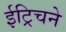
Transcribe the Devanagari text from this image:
ईट्रिचने